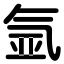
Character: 氩